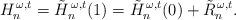
LaTeX: \begin{align*}H_n^{\,\omega,t}=\tilde H_n^{\,\omega,t}(1)=\tilde H_n^{\,\omega,t}(0)+\tilde R_n^{\,\omega,t}.\end{align*}